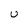
Character: U